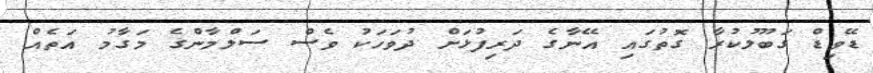
ޑޭވިޑް ގަބޫލުކުރާ ގޮތުގައި އޭނާގެ ދަރިފުޅަށް ދުވަހަކު ވެސް ސަލްމާންގެ މަގާމު އަތެއް